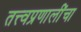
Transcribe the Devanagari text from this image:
तत्त्वप्रणालींचा